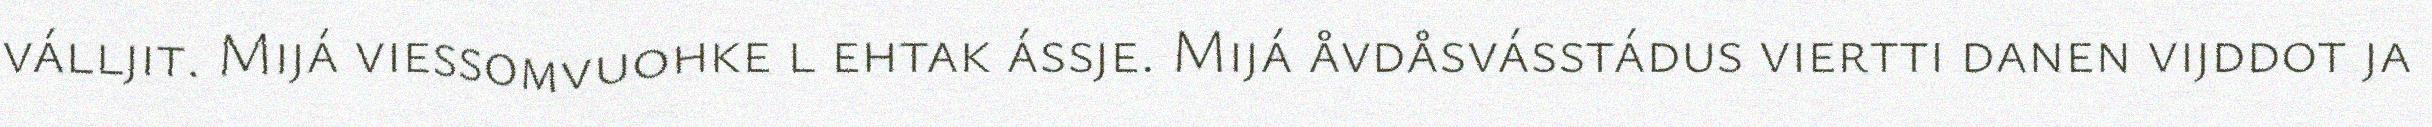
válljit. Mijá viessomvuohke l ehtak ássje. Mijá åvdåsvásstádus viertti danen vijddot ja